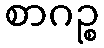
စာဂဉ္စ